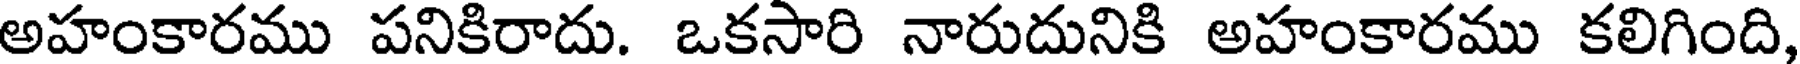
అహంకారము పనికిరాదు. ఒకసారి నారుదునికి అహంకారము కలిగింది,